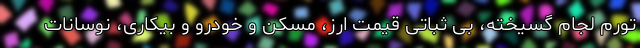
تورم لجام گسیخته، بی ثباتی قیمت ارز، مسکن و خودرو و بیکاری، نوسانات